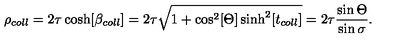
\rho _ { c o l l } = 2 \tau \cosh [ \beta _ { c o l l } ] = 2 \tau \sqrt { 1 + \cos ^ { 2 } [ \Theta ] \sinh ^ { 2 } [ t _ { c o l l } ] } = 2 \tau \frac { \sin \Theta } { \sin \sigma } .